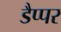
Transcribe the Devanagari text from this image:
डैप्पर